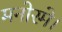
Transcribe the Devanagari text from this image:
मनोरमे।